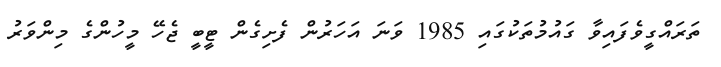
ތަރައްގީވެފައިވާ ގައުމުތަކުގައި 1985 ވަނަ އަހަރުން ފެށިގެން ޓީބީ ޖެހޭ މީހުންގެ މިންވަރު